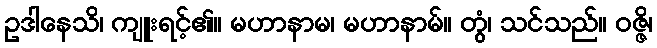
ဥဒါနေသိ၊ ကျူးရင့်၏။ မဟာနာမ၊ မဟာနာမ်။ တွံ၊ သင်သည်။ ဝဇ္ဇိ၊